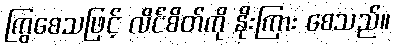
ကြွစေသဖြင့် လိင်စိတ်ကို နိုးကြား စေသည်။